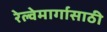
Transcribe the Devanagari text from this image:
रेल्वेमार्गासाठी